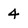
Character: 4